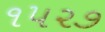
૧૫૨૭